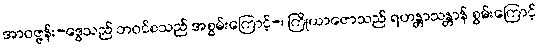
အာဝဇ္ဇန်း-ဒွေသည် ဘဝင်စသည် အစွမ်းကြောင့်-၊ ကြိုယာဇောသည် ရဟန္တာသန္တာန် စွမ်းကြောင့်